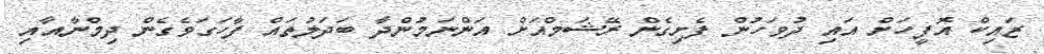
ޒައިކް އޮފީހަށް އައި ދުވަހުން ފެށިގެން ރޭޝަމްއަށް އަންނަމުންދާ ބަދަލުތައް ފާހަގަވެގެން ދިމްނާއާއި